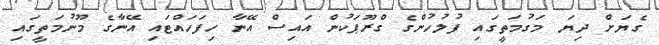
ގެޔަށް ދިޔަ މަގުމަތީގައި ފުލުހުންގެ ގްރޫޕަކުން އައިސް އޭނާ ހިފަހައްޓައި އޭނާގެ މޫނުމަތީގައި